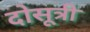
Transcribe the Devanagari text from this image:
दोसूत्री